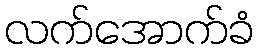
လက်အောက်ခံ